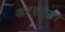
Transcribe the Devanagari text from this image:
अरलांडा